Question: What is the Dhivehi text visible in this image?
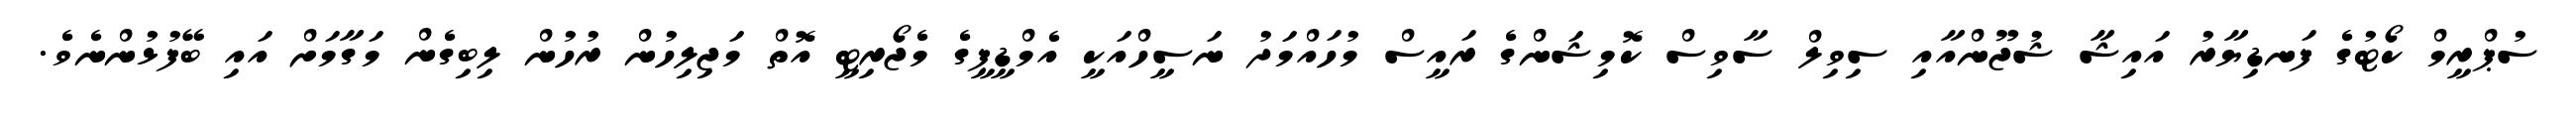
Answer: ސުޕްރީމް ކޯޓުގެ ފަނޑިޔާރު އައިޝާ ޝުޖޫންއާއި ސިވިލް ސާވިސް ކޮމިޝަންގެ ރައީސް މުހައްމަދު ނަސީހްއަކީ އެމްޑީޕީގެ މެޖޯރިޓީ އޮތް މަޖިލިހުން ރުހުން ލިބިގެން މަގާމަށް އައި ބޭފުޅުންނެވެ.